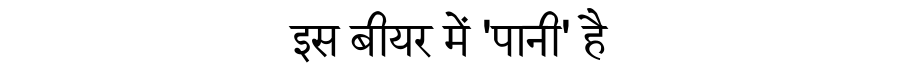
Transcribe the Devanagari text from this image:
इस बीयर में 'पानी' है